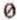
0